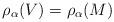
LaTeX: \begin{align*}\rho_\alpha(V)= \rho_\alpha(M)\end{align*}